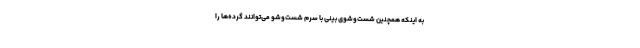
به اینکه همچنین شست‌وشوی بینی با سرم شست‌وشو می‌توانند گرده‌ها را